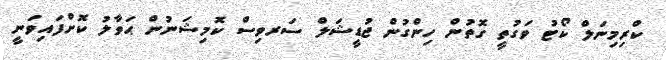
ކްރިމިނަލް ކޯޓު ވަގުތީ ގޮތުން ހިންގުން ޖުޑީޝަލް ސަރވިސް ކޮމިޝަނުން ޙަވާލު ކޮށްފައިވަނީ